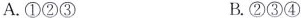
A.①②③ B.②③④